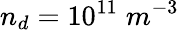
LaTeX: n_{d}=10^{11}\; m^{-3}